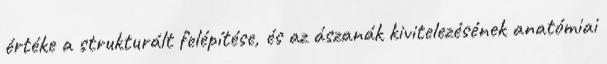
értéke a strukturált felépítése, és az ászanák kivitelezésének anatómiai